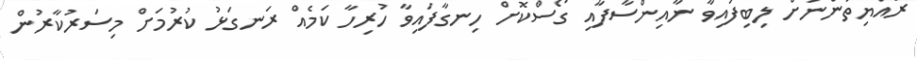
ރައްޔިތުންނަށް ލިބިފައިވާ ނާއިންސާފާއި ގޯސްކޮށް ހިނގާފައިވާ ހުރިހާ ކަަމެއް ރަނގަޅު ކުރުމަށް މިސަރުކާރުން